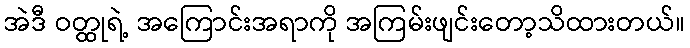
အဲဒီ ဝတ္ထုရဲ့ အကြောင်းအရာကို အကြမ်းဖျင်းတော့သိထားတယ်။